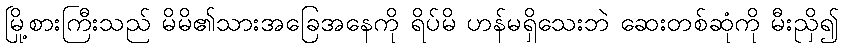
မြို့စားကြီးသည် မိမိ၏သားအခြေအနေကို ရိပ်မိ ဟန်မရှိသေးဘဲ ဆေးတစ်ဆုံကို မီးညှိ၍